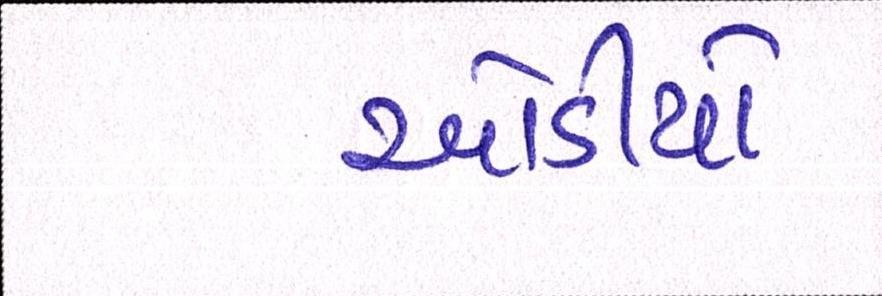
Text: ઓડીયો